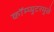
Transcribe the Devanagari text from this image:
कॉम्प्युटरमुळे